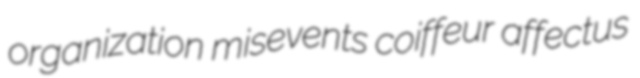
organization misevents coiffeur affectus